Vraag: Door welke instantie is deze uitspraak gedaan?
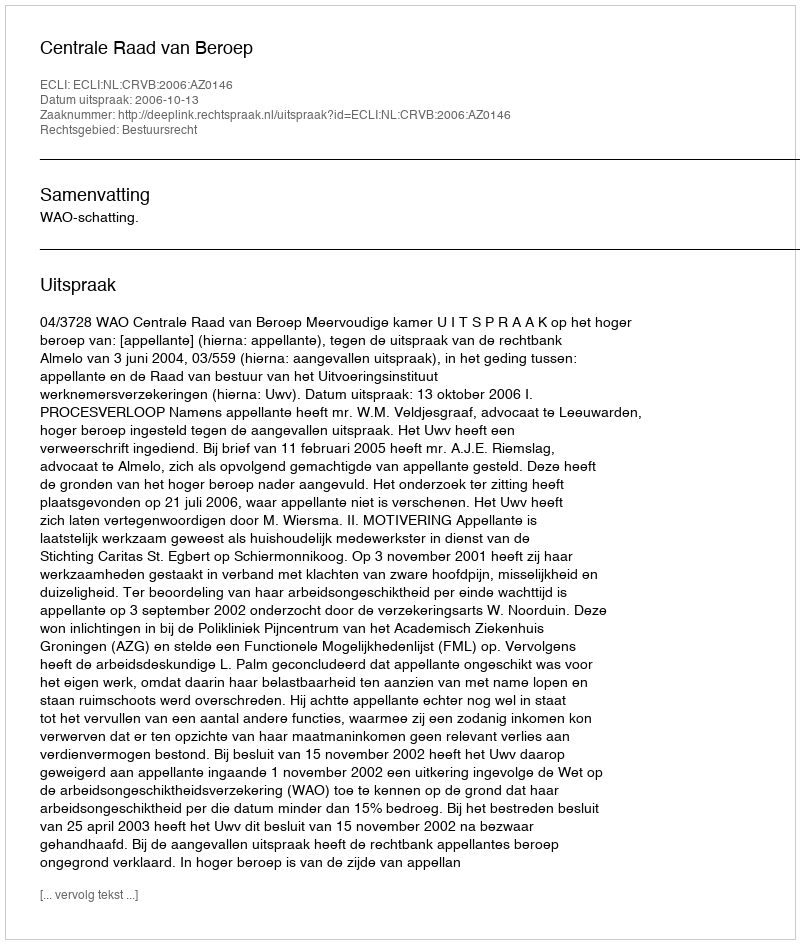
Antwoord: Centrale Raad van Beroep